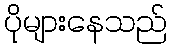
ပိုများနေသည်